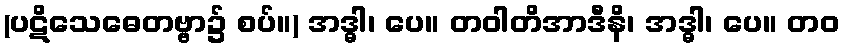
(ပဋိသေဓေတဗ္ဗာ၌ စပ်။) အဒ္ဓါ၊ ပေ။ တဝါတိအာဒီနိ၊ အဒ္ဓါ၊ ပေ။ တဝ